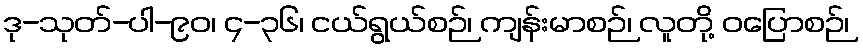
ဒု-သုတ်-ပါ-၉၀၊ ၄-၃၆၊ ငယ်ရွယ်စဉ်၊ ကျန်းမာစဉ်၊ လူတို့ ဝပြောစဉ်၊